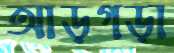
আড়গড়া